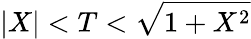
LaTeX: \vert X\vert<T<{\sqrt{1+X^{2}}}